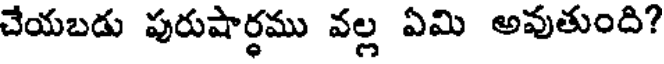
చేయబడు పురుషార్థము వల్ల ఏమి అవుతుంది?